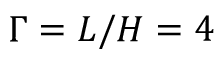
\Gamma = L / H = 4